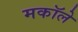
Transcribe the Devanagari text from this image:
मकॉले